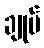
ချုပ်